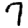
Digit: 7